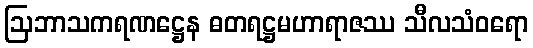
ဩဘာသကရဏဋ္ဌေန ဓတရဋ္ဌမဟာရာဇဿ သီလသံဝရော